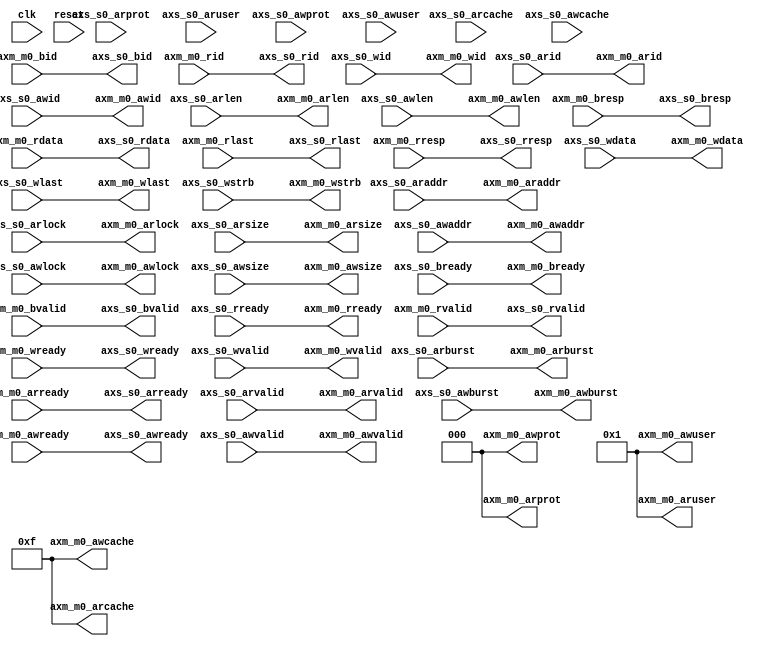
//
// This component is a simple AXI3 pass through bridge with 128-bit data path
// and 32-bit address bus.  The intent of this component is to simply condition
// the ARCACHE, ARPROT, ARUSER, AWCACHE, AWPROT, and AWUSER ports to drive an
// acceptable pattern into the HPS F2S bridge for accesses that are targeting
// the ACP port of the Cortex A9 cluster.
//

`timescale 1 ps / 1 ps
module axi_bridge_for_acp_128 (
		input  wire         clk,            // clock.clk
		input  wire         reset,          // reset.reset
		
		output wire [31:0]  axm_m0_araddr,  //    m0.araddr
		output wire [1:0]   axm_m0_arburst, //      .arburst
		output wire [3:0]   axm_m0_arcache, //      .arcache
		output wire [7:0]   axm_m0_arid,    //      .arid
		output wire [3:0]   axm_m0_arlen,   //      .arlen
		output wire [1:0]   axm_m0_arlock,  //      .arlock
		output wire [2:0]   axm_m0_arprot,  //      .arprot
		input  wire         axm_m0_arready, //      .arready
		output wire [2:0]   axm_m0_arsize,  //      .arsize
		output wire [4:0]   axm_m0_aruser,  //      .aruser
		output wire         axm_m0_arvalid, //      .arvalid
		output wire [31:0]  axm_m0_awaddr,  //      .awaddr
		output wire [1:0]   axm_m0_awburst, //      .awburst
		output wire [3:0]   axm_m0_awcache, //      .awcache
		output wire [7:0]   axm_m0_awid,    //      .awid
		output wire [3:0]   axm_m0_awlen,   //      .awlen
		output wire [1:0]   axm_m0_awlock,  //      .awlock
		output wire [2:0]   axm_m0_awprot,  //      .awprot
		input  wire         axm_m0_awready, //      .awready
		output wire [2:0]   axm_m0_awsize,  //      .awsize
		output wire [4:0]   axm_m0_awuser,  //      .awuser
		output wire         axm_m0_awvalid, //      .awvalid
		input  wire [7:0]   axm_m0_bid,     //      .bid
		output wire         axm_m0_bready,  //      .bready
		input  wire [1:0]   axm_m0_bresp,   //      .bresp
		input  wire         axm_m0_bvalid,  //      .bvalid
		input  wire [127:0] axm_m0_rdata,   //      .rdata
		input  wire [7:0]   axm_m0_rid,     //      .rid
		input  wire         axm_m0_rlast,   //      .rlast
		output wire         axm_m0_rready,  //      .rready
		input  wire [1:0]   axm_m0_rresp,   //      .rresp
		input  wire         axm_m0_rvalid,  //      .rvalid
		output wire [127:0] axm_m0_wdata,   //      .wdata
		output wire [7:0]   axm_m0_wid,     //      .wid
		output wire         axm_m0_wlast,   //      .wlast
		input  wire         axm_m0_wready,  //      .wready
		output wire [15:0]  axm_m0_wstrb,   //      .wstrb
		output wire         axm_m0_wvalid,  //      .wvalid
		
		input  wire [31:0]  axs_s0_araddr,  //    s0.araddr
		input  wire [1:0]   axs_s0_arburst, //      .arburst
		input  wire [3:0]   axs_s0_arcache, //      .arcache
		input  wire [7:0]   axs_s0_arid,    //      .arid
		input  wire [3:0]   axs_s0_arlen,   //      .arlen
		input  wire [1:0]   axs_s0_arlock,  //      .arlock
		input  wire [2:0]   axs_s0_arprot,  //      .arprot
		output wire         axs_s0_arready, //      .arready
		input  wire [2:0]   axs_s0_arsize,  //      .arsize
		input  wire [4:0]   axs_s0_aruser,  //      .aruser
		input  wire         axs_s0_arvalid, //      .arvalid
		input  wire [31:0]  axs_s0_awaddr,  //      .awaddr
		input  wire [1:0]   axs_s0_awburst, //      .awburst
		input  wire [3:0]   axs_s0_awcache, //      .awcache
		input  wire [7:0]   axs_s0_awid,    //      .awid
		input  wire [3:0]   axs_s0_awlen,   //      .awlen
		input  wire [1:0]   axs_s0_awlock,  //      .awlock
		input  wire [2:0]   axs_s0_awprot,  //      .awprot
		output wire         axs_s0_awready, //      .awready
		input  wire [2:0]   axs_s0_awsize,  //      .awsize
		input  wire [4:0]   axs_s0_awuser,  //      .awuser
		input  wire         axs_s0_awvalid, //      .awvalid
		output wire [7:0]   axs_s0_bid,     //      .bid
		input  wire         axs_s0_bready,  //      .bready
		output wire [1:0]   axs_s0_bresp,   //      .bresp
		output wire         axs_s0_bvalid,  //      .bvalid
		output wire [127:0] axs_s0_rdata,   //      .rdata
		output wire [7:0]   axs_s0_rid,     //      .rid
		output wire         axs_s0_rlast,   //      .rlast
		input  wire         axs_s0_rready,  //      .rready
		output wire [1:0]   axs_s0_rresp,   //      .rresp
		output wire         axs_s0_rvalid,  //      .rvalid
		input  wire [127:0] axs_s0_wdata,   //      .wdata
		input  wire [7:0]   axs_s0_wid,     //      .wid
		input  wire         axs_s0_wlast,   //      .wlast
		output wire         axs_s0_wready,  //      .wready
		input  wire [15:0]  axs_s0_wstrb,   //      .wstrb
		input  wire         axs_s0_wvalid   //      .wvalid
	);

	assign axm_m0_araddr = axs_s0_araddr;
	assign axm_m0_arburst = axs_s0_arburst;
	assign axm_m0_arcache = 4'b1111;
	assign axm_m0_arid = axs_s0_arid;
	assign axm_m0_arlen = axs_s0_arlen;
	assign axm_m0_arlock = axs_s0_arlock;
	assign axm_m0_arprot = 3'b000;
	assign axm_m0_arsize = axs_s0_arsize;
	assign axm_m0_aruser = 5'b00001;
	assign axm_m0_arvalid = axs_s0_arvalid;
	assign axm_m0_awaddr = axs_s0_awaddr;
	assign axm_m0_awburst = axs_s0_awburst;
	assign axm_m0_awcache = 4'b1111;
	assign axm_m0_awid = axs_s0_awid;
	assign axm_m0_awlen = axs_s0_awlen;
	assign axm_m0_awlock = axs_s0_awlock;
	assign axm_m0_awprot = 3'b000;
	assign axm_m0_awsize = axs_s0_awsize;
	assign axm_m0_awuser = 5'b00001;
	assign axm_m0_awvalid = axs_s0_awvalid;
	assign axm_m0_bready = axs_s0_bready;
	assign axm_m0_rready = axs_s0_rready;
	assign axm_m0_wdata = axs_s0_wdata;
	assign axm_m0_wid = axs_s0_wid;
	assign axm_m0_wlast = axs_s0_wlast;
	assign axm_m0_wstrb = axs_s0_wstrb;
	assign axm_m0_wvalid = axs_s0_wvalid;
	assign axs_s0_arready = axm_m0_arready;
	assign axs_s0_awready = axm_m0_awready;
	assign axs_s0_bid = axm_m0_bid;
	assign axs_s0_bresp = axm_m0_bresp;
	assign axs_s0_bvalid = axm_m0_bvalid;
	assign axs_s0_rdata = axm_m0_rdata;
	assign axs_s0_rid = axm_m0_rid;
	assign axs_s0_rlast = axm_m0_rlast;
	assign axs_s0_rresp = axm_m0_rresp;
	assign axs_s0_rvalid = axm_m0_rvalid;
	assign axs_s0_wready = axm_m0_wready;
	
endmodule